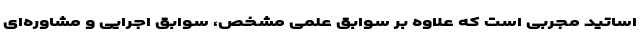
اساتید مجربی است که علاوه بر سوابق علمی مشخص، سوابق اجرایی و مشاوره‌ای